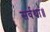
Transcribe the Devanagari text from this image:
सर्वथा॥